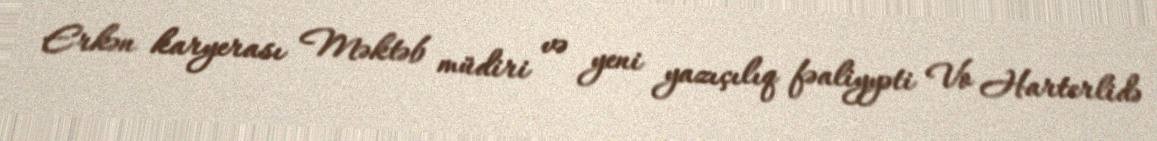
Erkən karyerası Məktəb müdiri və yeni yazıçılıq fəaliyyəti Vo Harterlidə